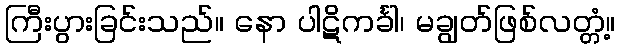
ကြီးပွားခြင်းသည်။ နော ပါဋိကင်္ခါ၊ မချွတ်ဖြစ်လတ္တံ့။